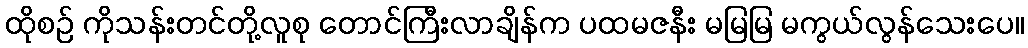
ထိုစဉ် ကိုသန်းတင်တို့လူစု တောင်ကြီးလာချိန်က ပထမဇနီး မမြမြ မကွယ်လွန်သေးပေ။